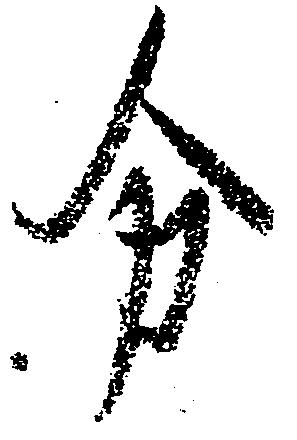
分